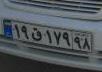
۱۹ق۱۷۹۹۸